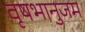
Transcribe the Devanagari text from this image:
वृषभानुजम